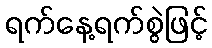
ရက်နေ့ရက်စွဲဖြင့်